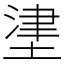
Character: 堻